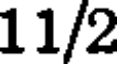
11/2